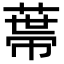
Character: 𦷾